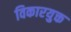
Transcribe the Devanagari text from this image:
विकारयुक्त